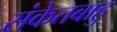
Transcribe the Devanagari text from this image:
संकेतबाहु